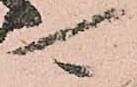
可